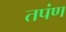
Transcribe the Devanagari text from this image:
तपंण